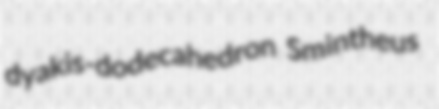
dyakis-dodecahedron Smintheus